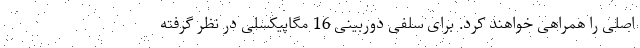
اصلی را همراهی خواهند کرد. برای سلفی دوربینی 16 مگاپیکسلی در نظر گرفته